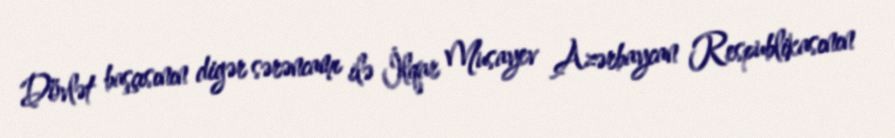
Dövlət başçısının digər sərəncamı ilə İlqar Musayev Azərbaycan Respublikasının